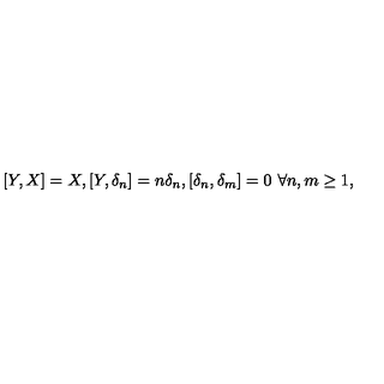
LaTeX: [ Y , X ] = X , [ Y , \delta _ { n } ] = n \delta _ { n } , [ \delta _ { n } , \delta _ { m } ] = 0 \ \forall n , m \geq 1 ,